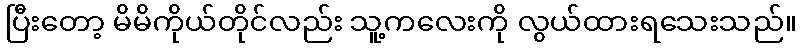
ပြီးတော့ မိမိကိုယ်တိုင်လည်း သူ့ကလေးကို လွယ်ထားရသေးသည်။